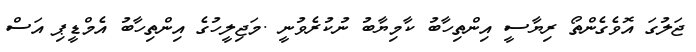
ޖަލުގަ އޮވެގެންތޯ ރިޔާސީ އިންތިހާބު ކާމިޔާބު ނުކުރެވުނީ .މަޖިލީހުގެ އިންތިހާބު އެމްޑީޕި އަސް